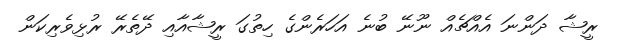
ރީޝާ ދަންނަ އެއްޗެއް ނޫނޭ ބުނެ އަހަރެންގެ ހިތުގަ ރީޝާއާއި ދޭތެރޭ ރުޅިވެރިކަން